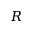
R